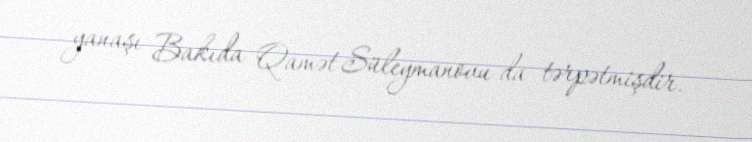
yanaşı Bakıda Qamət Süleymanovu da tərpətmişdir.